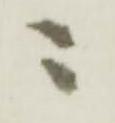
ニ